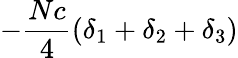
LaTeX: -{\frac{Nc}{4}}(\delta_{1}+\delta_{2}+\delta_{3})